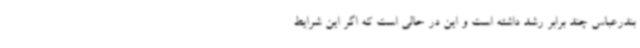
بندرعباس چند برابر رشد داشته است و این در حالی است که اگر این شرایط